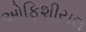
ઓફિશીયલ